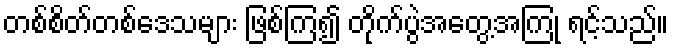
တစ်စိတ်တစ်ဒေသများ ဖြစ်ကြ၍ တိုက်ပွဲအတွေ့အကြုံ ရင့်သည်။